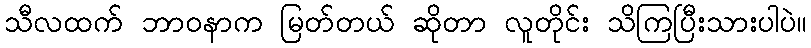
သီလထက် ဘာဝနာက မြတ်တယ် ဆိုတာ လူတိုင်း သိကြပြီးသားပါပဲ။